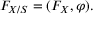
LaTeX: F _ { X / S } = ( F _ { X } , \varphi ) .